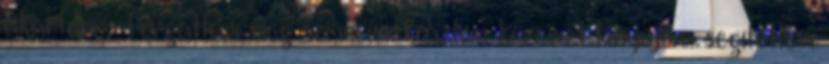
akartam - forgattam meg szemeimet, aztán kezemet kinyújtva segítettem